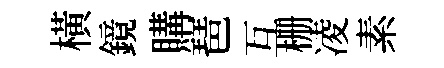
橫鏡購琶互栅凌素